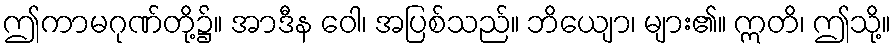
ဤကာမဂုဏ်တို့၌။ အာဒီန ဝေါ၊ အပြစ်သည်။ ဘိယျော၊ များ၏။ ဣတိ၊ ဤသို့။